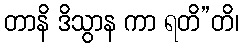
တာနိ ဒိသွာန ကာ ရတိ”တိ၊